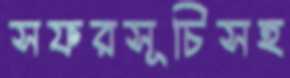
সফরসূচিসহ